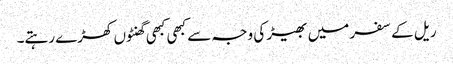
ریل کے سفر میں بھیڑ کی وجہ سے کبھی کبھی گھنٹوں کھڑے رہتے۔